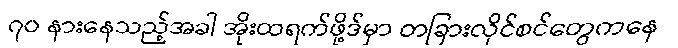
၇၀ နားနေသည့်အခါ အိုးထရက်ဖို့ဒ်မှာ တခြားလိုင်စင်တွေကနေ